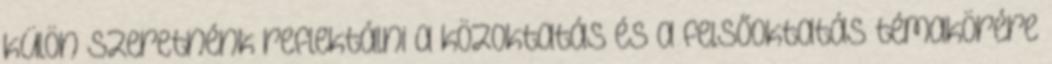
külön szeretnénk reflektálni a közoktatás és a felsőoktatás témakörére